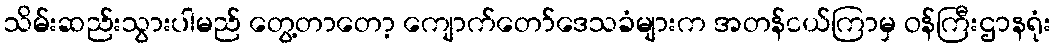
သိမ်းဆည်းသွားပါမည် တွေ့တာတော့ ကျောက်တော်ဒေသခံများက အတန်ငယ်ကြာမှ ဝန်ကြီးဌာနရုံး